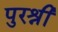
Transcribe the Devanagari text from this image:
पुरश्री